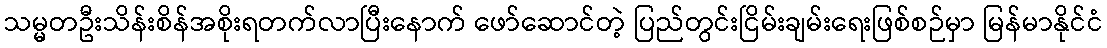
သမ္မတဦးသိန်းစိန်အစိုးရတက်လာပြီးနောက် ဖော်ဆောင်တဲ့ ပြည်တွင်းငြိမ်းချမ်းရေးဖြစ်စဉ်မှာ မြန်မာနိုင်ငံ